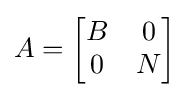
A={\begin{bmatrix}B&0\\0&N\end{bmatrix}}